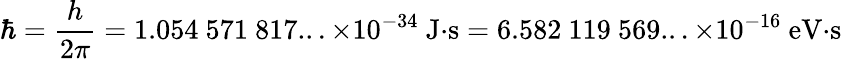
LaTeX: \hbar={\frac{h}{2\pi}}=1.054\ 571\ 817...\times 10^{-34}\ {\mathrm{J}}{\cdot}{\mathrm{s}}=6.582\ 119\ 569...\times 10^{-16}\ {\mathrm{eV}}{\cdot}{\mathrm{s}}